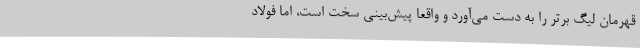
قهرمان لیگ برتر را به دست می‌آورد و واقعا پیش‌بینی سخت است، اما فولاد